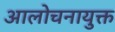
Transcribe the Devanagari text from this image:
आलोचनायुक्त